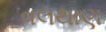
વલથાણ